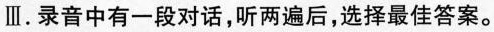
Ⅲ.录音中有一段对话,听两遍后,选择最佳答案.。